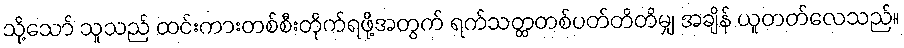
သို့သော် သူသည် ထင်းကားတစ်စီးတိုက်ရဖို့အတွက် ရက်သတ္တတစ်ပတ်တိတိမျှ အချိန် ယူတတ်လေသည်။